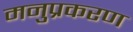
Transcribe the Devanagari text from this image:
मनुप्रकरण